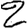
Digit: 2